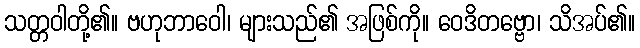
သတ္တဝါတို့၏။ ဗဟုဘာဝေါ၊ များသည်၏ အဖြစ်ကို။ ဝေဒိတဗ္ဗော၊ သိအပ်၏။